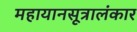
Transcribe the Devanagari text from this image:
महायानसूत्रालंकार